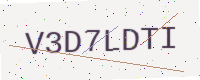
Text: V3D7LDTI